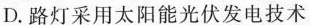
D.路灯采用太阳能光伏发电技术